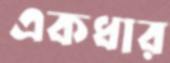
একধার